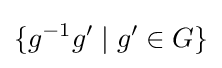
\lbrace g^{-1}g^{\prime }\mid g^{\prime }\in G\rbrace